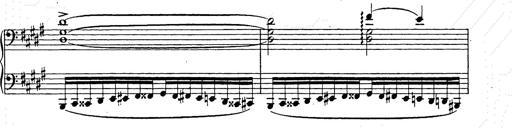
Title: Ballade No.2
Composer: Jan Skrzydlewski
Key: B minor